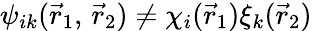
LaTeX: \psi_{ik}({\vec{r}}_{1},\, {\vec{r}}_{2})\neq\chi_{i}({\vec{r}}_{1})\xi_{k}({\vec{r}}_{2})